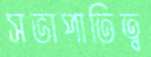
সভাপাতিত্ব